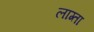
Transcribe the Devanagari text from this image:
लाग्ता